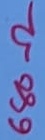
Text: 680Ω